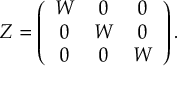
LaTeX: Z = \left( \begin{array} { c c c } { { W } } & { { 0 } } & { { 0 } } \\ { { 0 } } & { { W } } & { { 0 } } \\ { { 0 } } & { { 0 } } & { { W } } \end{array} \right) .